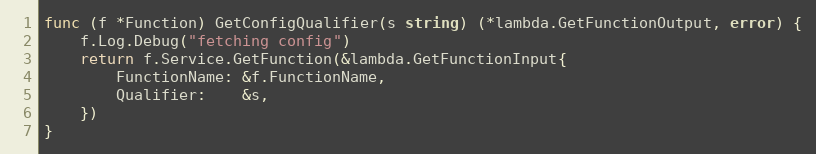
Language: Go
func (f *Function) GetConfigQualifier(s string) (*lambda.GetFunctionOutput, error) {
	f.Log.Debug("fetching config")
	return f.Service.GetFunction(&lambda.GetFunctionInput{
		FunctionName: &f.FunctionName,
		Qualifier:    &s,
	})
}